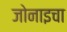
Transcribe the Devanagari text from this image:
जोनाइचा